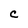
Character: C